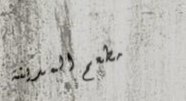
مطعم المدينة